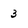
Character: 3